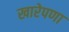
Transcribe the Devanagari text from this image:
खारेपणा